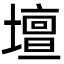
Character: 壇